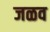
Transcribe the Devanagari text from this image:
जळव